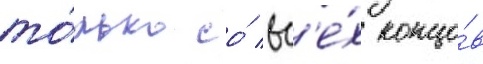
то́лько со́ вс'е́х концо́в